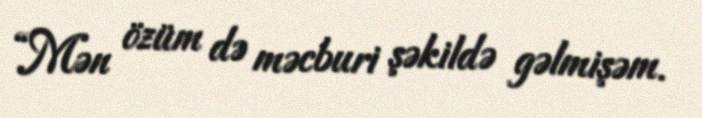
“Mən özüm də məcburi şəkildə gəlmişəm.